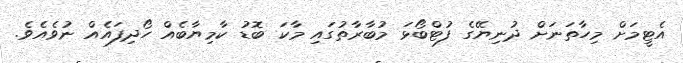
އެޓީމަށް މިހާތަނަށް ދުނިޔޭގެ ފުޓްބޯޅަ މުބާރާތުގައި މާކަ ބޮޑު ކާމިޔާބެއް ހޯދިފައެއް ނުވެއެވެ.